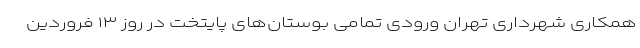
همکاری شهرداری تهران ورودی تمامی بوستان‌های پایتخت در روز ۱۳ فروردین